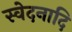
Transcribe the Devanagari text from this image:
स्वेदनादि